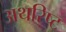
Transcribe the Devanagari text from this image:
अथरिष्ट